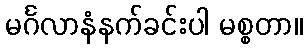
မင်္ဂလာနံနက်ခင်းပါ မစ္စတာ။